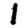
Digit: 1